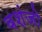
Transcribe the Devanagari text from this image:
वशंजो